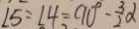
\angle 5 = \angle 4 = 9 0 ^ { \circ } - \frac { 3 } { 2 } \alpha